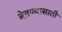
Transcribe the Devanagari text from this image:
बेतण्यासाठी